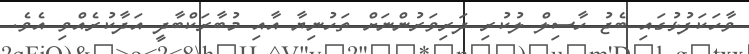
ވާހަކަފުޅުގައި ބެޖު ހާސިލް ލުކުރި ދަރިވަރުންނަށް ތަހުނިޔާ އާއި މުބާރަކްބާދީ އަދާކުރެއްވި އެވެ.